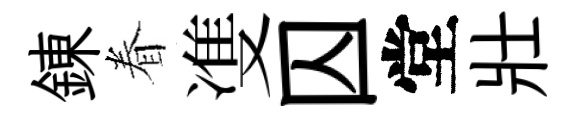
錬眷㕠囚堂壯